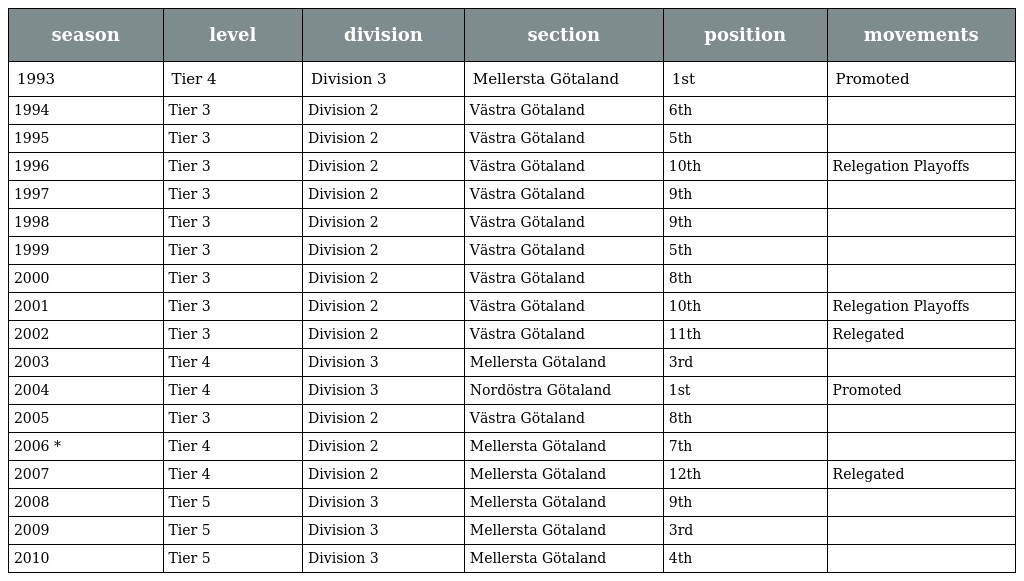
| season | level | division | section | position | movements |
 | --- | --- | --- | --- | --- | --- |
 | 1993 | Tier 4 | Division 3 | Mellersta Götaland | 1st | Promoted |
 | 1994 | Tier 3 | Division 2 | Västra Götaland | 6th |  |
 | 1995 | Tier 3 | Division 2 | Västra Götaland | 5th |  |
 | 1996 | Tier 3 | Division 2 | Västra Götaland | 10th | Relegation Playoffs |
 | 1997 | Tier 3 | Division 2 | Västra Götaland | 9th |  |
 | 1998 | Tier 3 | Division 2 | Västra Götaland | 9th |  |
 | 1999 | Tier 3 | Division 2 | Västra Götaland | 5th |  |
 | 2000 | Tier 3 | Division 2 | Västra Götaland | 8th |  |
 | 2001 | Tier 3 | Division 2 | Västra Götaland | 10th | Relegation Playoffs |
 | 2002 | Tier 3 | Division 2 | Västra Götaland | 11th | Relegated |
 | 2003 | Tier 4 | Division 3 | Mellersta Götaland | 3rd |  |
 | 2004 | Tier 4 | Division 3 | Nordöstra Götaland | 1st | Promoted |
 | 2005 | Tier 3 | Division 2 | Västra Götaland | 8th |  |
 | 2006 * | Tier 4 | Division 2 | Mellersta Götaland | 7th |  |
 | 2007 | Tier 4 | Division 2 | Mellersta Götaland | 12th | Relegated |
 | 2008 | Tier 5 | Division 3 | Mellersta Götaland | 9th |  |
 | 2009 | Tier 5 | Division 3 | Mellersta Götaland | 3rd |  |
 | 2010 | Tier 5 | Division 3 | Mellersta Götaland | 4th |  |